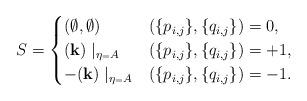
LaTeX: \begin{align*}S=\begin{cases} (\emptyset,\emptyset) & (\{p_{i,j}\}, \{q_{i,j}\})=0, \\(\mathbf{k}) \mid_{\eta_=A} & (\{p_{i,j}\}, \{q_{i,j}\})=+1, \\-(\mathbf{k}) \mid_{\eta_=A} & (\{p_{i,j}\}, \{q_{i,j}\})=-1. \end{cases}\end{align*}